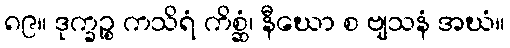
၈၉။ ဒုက္ခဉ္စ ကသိရံ ကိစ္ဆံ၊ နီဃော စ ဗျသနံ အဃံ။